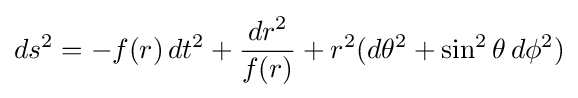
ds^{2}=-f(r)\,dt^{2}+{dr^{2} \over f(r)}+r^{2}(d\theta ^{2}+\sin ^{2}\theta \,d\phi ^{2})